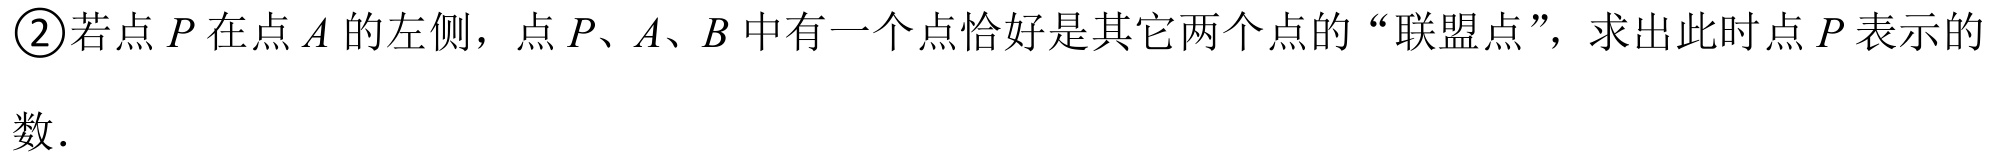
\textcircled{2}若点 \(P\) 在点 \(A\) 的左侧，点 \(P、A、B\) 中有一个点恰好是其它两个点的“联盟点”，求出此时点 \(P\) 表示的数.